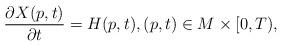
LaTeX: \begin{align*}\dfrac{\partial X(p,t)}{\partial t}=H(p,t), (p,t)\in M\times [0,T),\end{align*}